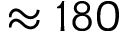
\approx 1 8 0